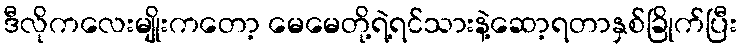
ဒီလိုကလေးမျိုးကတော့ မေမေတို့ရဲ့ရင်သားနဲ့ဆော့ရတာနှစ်ခြိုက်ပြီး